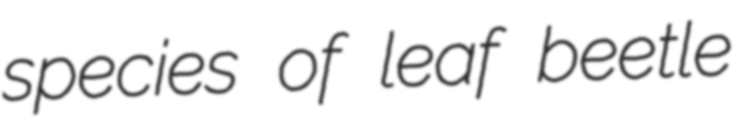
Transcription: species of leaf beetle